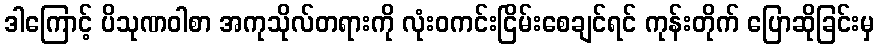
ဒါကြောင့် ပိသုဏဝါစာ အကုသိုလ်တရားကို လုံးဝကင်းငြိမ်းစေချင်ရင် ကုန်းတိုက် ပြောဆိုခြင်းမှ